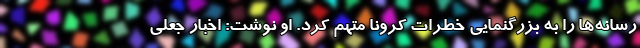
رسانه‌ها را به بزرگنمایی خطرات کرونا متهم کرد. او نوشت: اخبار جعلی